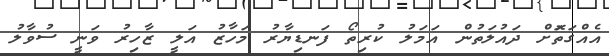
އެއްގަތޮަށް ދައުލަތުން އަމަލު ކުރިތޯ ފަނޑިޔާރު މަހާޒު އަލީ ޒާހިރު ވަނީ ސުވާލު